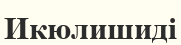
Икюлишиді